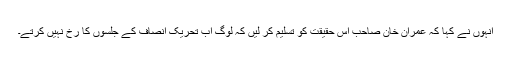
انہوں نے کہا کہ عمران خان صاحب اس حقیقت کو تسلیم کر لیں کہ لوگ اب تحریک انصاف کے جلسوں کا رخ نہیں کرتے۔